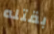
بقتله